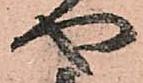
や